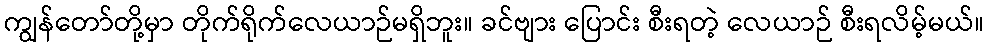
ကျွန်တော်တို့မှာ တိုက်ရိုက်လေယာဉ်မရှိဘူး။ ခင်ဗျား ပြောင်း စီးရတဲ့ လေယာဉ် စီးရလိမ့်မယ်။